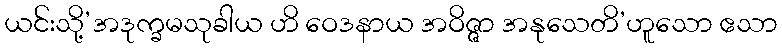
ယင်းသို့’အဒုက္ခမသုခါယ ဟိ ဝေဒနာယ အဝိဇ္ဇာ အနုသေတိ’ဟူသော ဧသာ